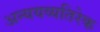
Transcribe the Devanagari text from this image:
अन्ययव्यतिरेक